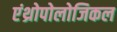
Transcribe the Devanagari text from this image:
एंथ्रोपोलोजिकल